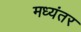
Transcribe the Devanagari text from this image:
मध्‍यंतर